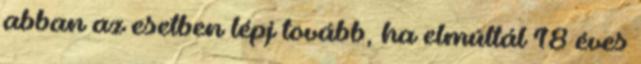
abban az esetben lépj tovább, ha elmúltál 18 éves